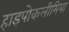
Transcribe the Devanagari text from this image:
हाइपोकलीमिया